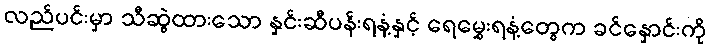
လည်ပင်းမှာ သီဆွဲထားသော နှင်းဆီပန်းရနံ့နှင့် ရေမွှေးရနံ့တွေက ခင်နှောင်းကို